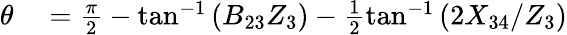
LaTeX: \begin{array}{rl}{\theta}&{{}=\frac{\pi}{2}-\tan^{-1}\left(B_{23}Z_{3}\right)-\frac{1}{2}\tan^{-1}\left(2X_{34}/Z_{3}\right)}\end{array}